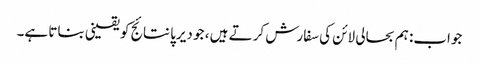
جواب: ہم بحالی لائن کی سفارش کرتے ہیں ، جو دیرپا نتائج کو یقینی بناتا ہے۔